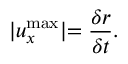
\lvert u _ { x } ^ { \mathrm { m a x } } \lvert = \frac { \delta r } { \delta t } .